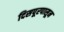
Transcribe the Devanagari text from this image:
दिसपूरपासून